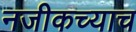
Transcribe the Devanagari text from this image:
नजीकच्याच